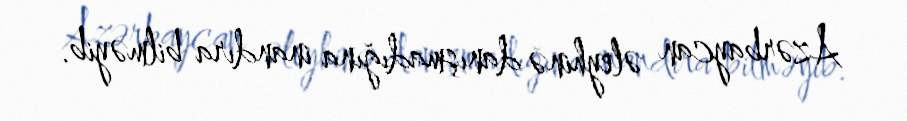
Azərbaycan əleyhinə danışmadığına inandıra bilməyib.